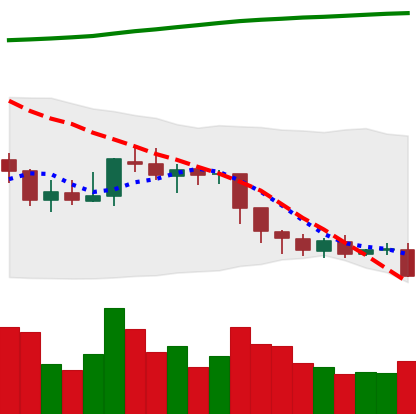
Ticker: EOS-USD
Chart end date: 2018-08-07
Forward return: -24.122%
Label: down_7plus